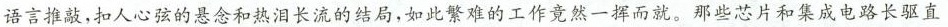
语言推敲，扣人心弦的悬念和热泪长流的结局，如此繁难的工作竟然一挥而就，那些芯片和集成电路长驱直